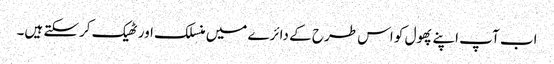
اب آپ اپنے پھول کو اس طرح کے دائرے میں منسلک اور ٹھیک کرسکتے ہیں۔